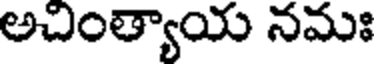
అచింత్యాయ నమః